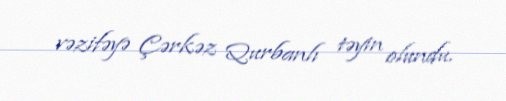
vəzifəyə Çərkəz Qurbanlı təyin olundu.